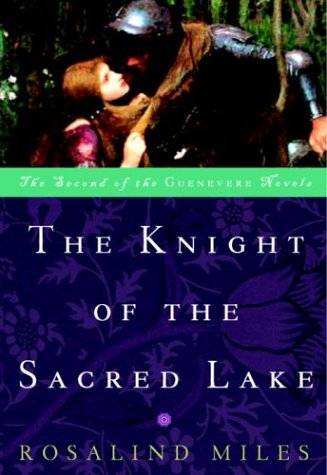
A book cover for The Knight of the Sacred Lake (Guenevere Novels); Rosalind Miles; Science Fiction & Fantasy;